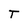
Character: T